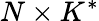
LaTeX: N\times K^{*}